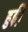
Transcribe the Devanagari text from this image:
हुई़ं।